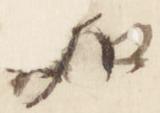
如